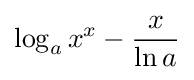
\log _{a}x^{x}-{\frac {x}{\ln a}}